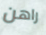
راهن